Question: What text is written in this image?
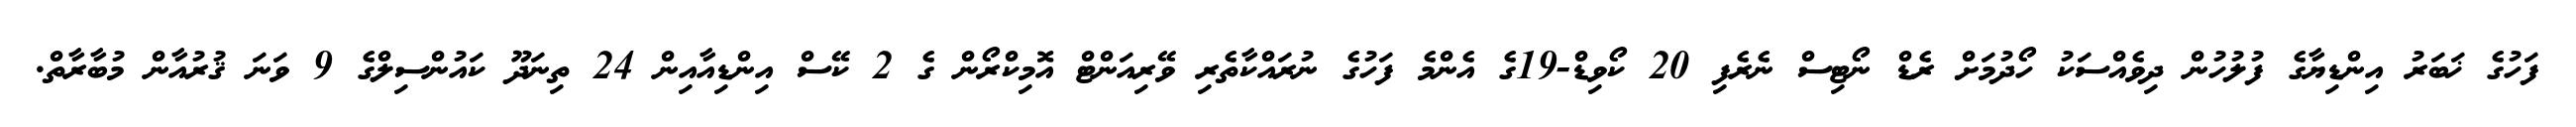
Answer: ފަހުގެ ޚަބަރު އިންޑިޔާގެ ފުލުހުން ދިވެއްސަކު ހޯދުމަށް ރެޑް ނޯޓިސް ނެރެފި 20 ކޯވިޑް-19ގެ އެންމެ ފަހުގެ ނުރައްކާތެރި ވޭރިއަންޓް އޮމިކްރޯން ގެ 2 ކޭސް އިންޑިއާއިން 24 ތިނަދޫ ކައުންސިލްގެ 9 ވަނަ ޤުރުއާން މުބާރާތް.